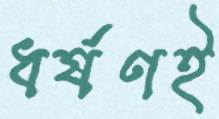
ধর্ষণই